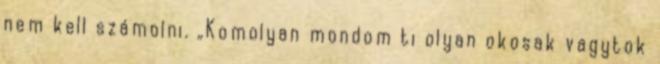
nem kell számolni. „Komolyan mondom ti olyan okosak vagytok